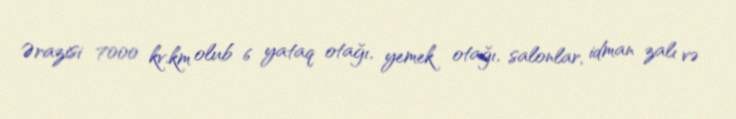
Ərazisi 7000 kv.km olub 6 yataq otağı, yemek otağı, salonlar, idman zalı və